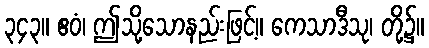
၃၄၃။ ဧဝံ၊ ဤသို့သောနည်းဖြင့်။ ကေသာဒီသု၊ တို့၌။